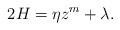
LaTeX: \begin{align*}2H=\eta z^m+\lambda.\end{align*}